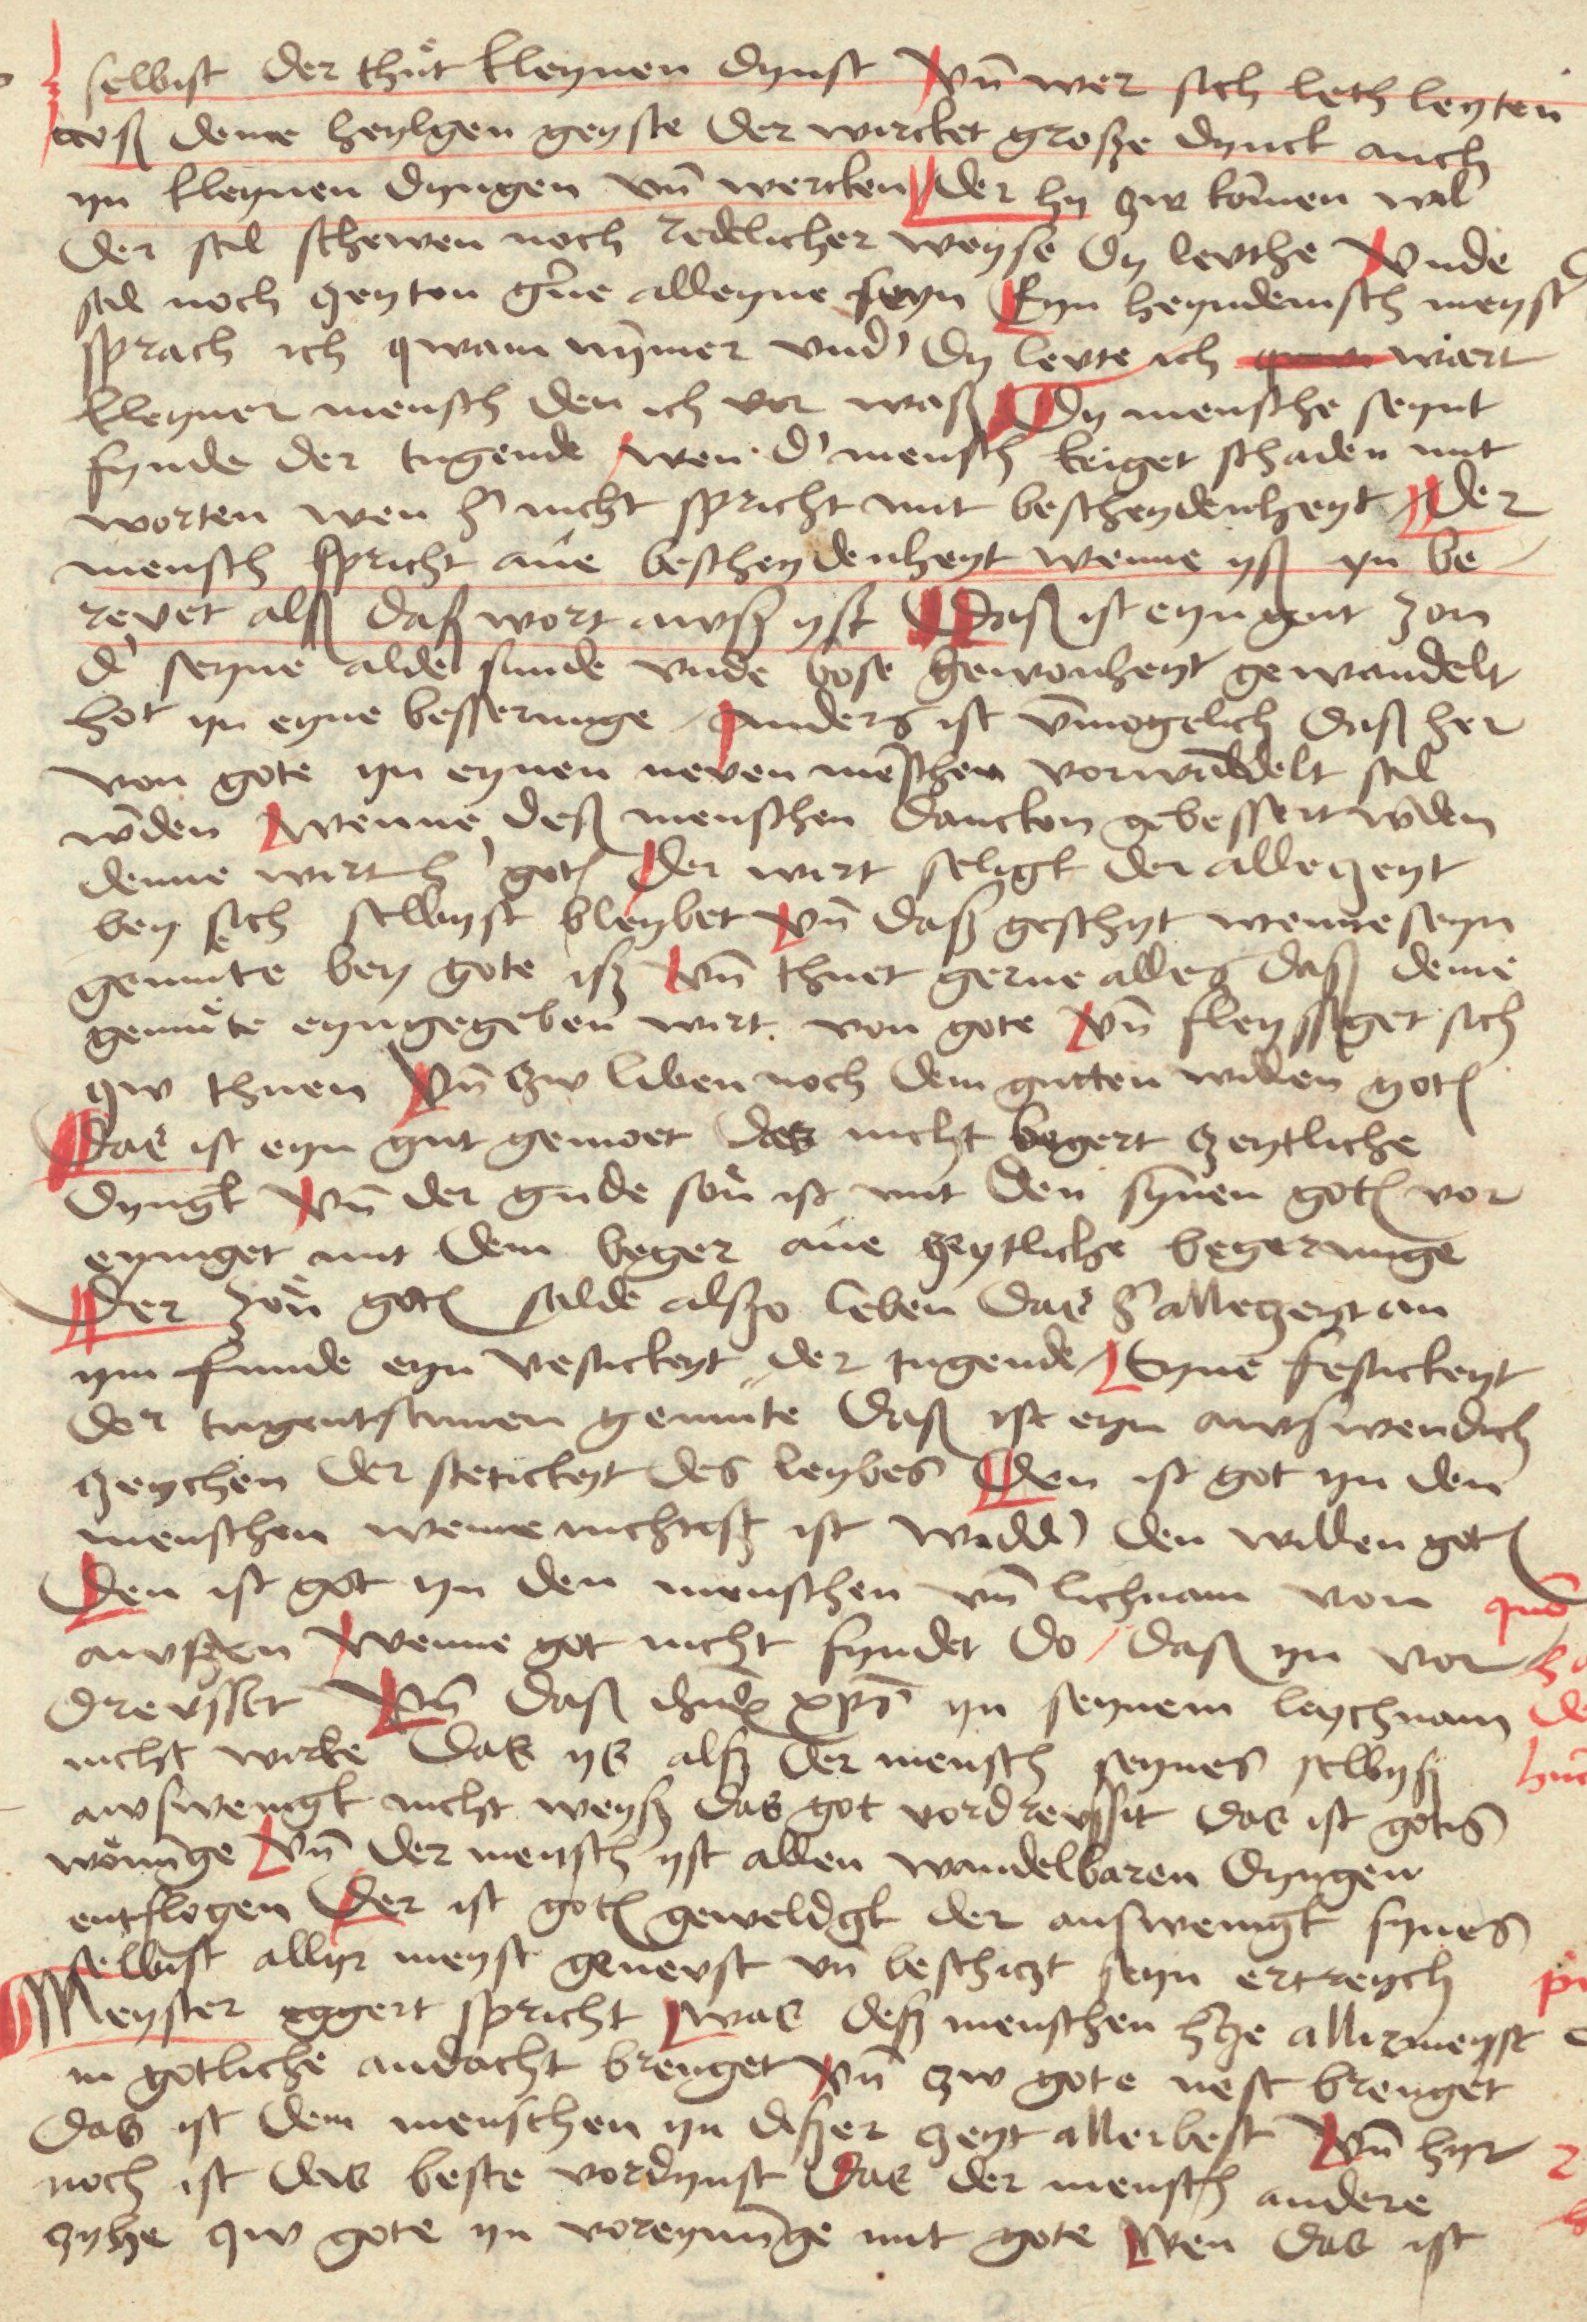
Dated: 1480–1499